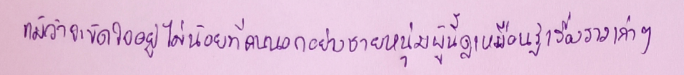
แม้ว่าจะขัดใจอยู่ไม่น้อยที่คนนอกอย่างชายหนุ่มผู้นี้ดูเหมือนรู้เรื่องราวเก่าๆ